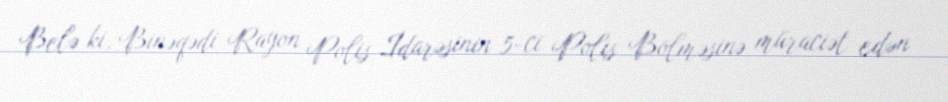
Belə ki, Binəqədi Rayon Polis İdarəsinin 5-ci Polis Bölməsinə müraciət edən